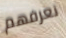
نعرفهم